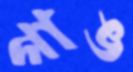
গাঙ